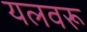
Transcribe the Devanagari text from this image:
यलवरू